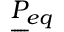
\underbar { P } _ { e q }